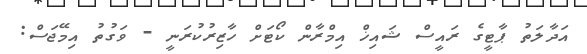
އަދާލަތު ޕާޓީގެ ރައީސް ޝައިޚް އިމްރާން ކޯޓަށް ހާޒިރުކުރަނީ - ވަގުތު އިމޭޖަސް: